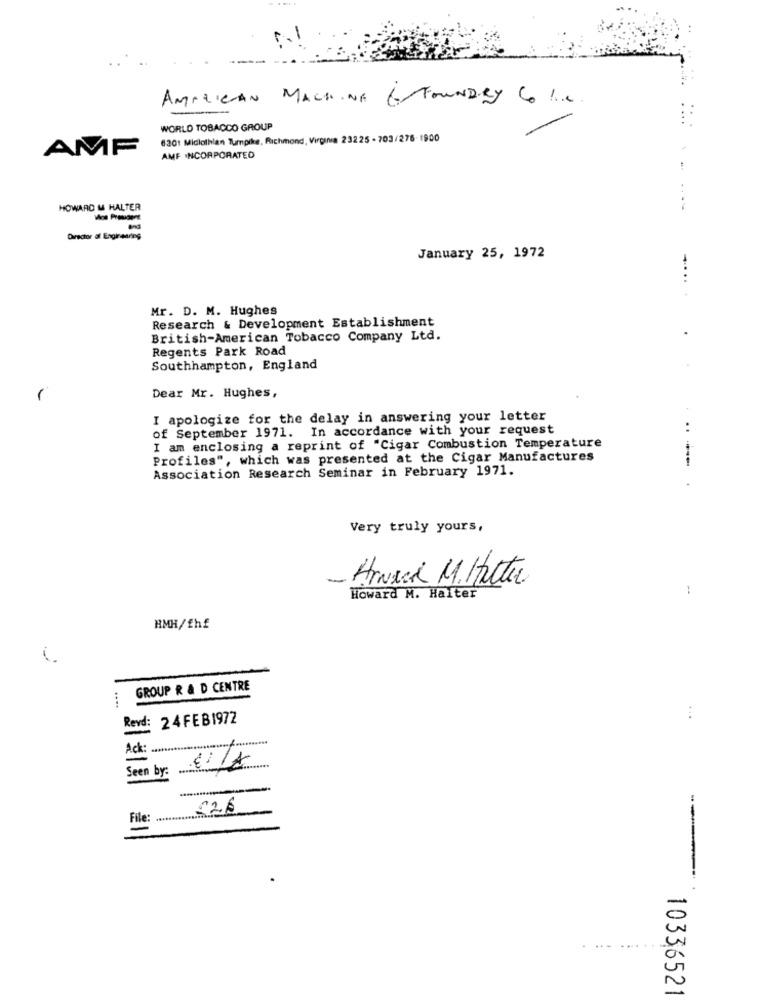
AMARICAN MACHINE 6 FOUNDRY Col ...
. ...
WORLD TOBACCO GROUP
6301 Midlothian Turnpike, Richmond, Virginia 23225 - 703/276-1900
AMF
AMF INCORPORATED
HOWARD & HALTER
Director al Engineering
January 25, 1972
.....
Mr. D. M. Hughes
Research & Development Establishment
British-American Tobacco Company Ltd.
Regents Park Road
Southhampton, England
-
Dear Mr. Hughes,
I apologize for the delay in answering your letter
of September 1971. In accordance with your request
I am enclosing a reprint of "Cigar Combustion Temperature
Profiles", which was presented at the Cigar Manufactures
Association Research Seminar in February 1971.
--
Very truly yours,
Arnica M.Hittar
Howard M. Halter
HMH/fhf
GROUP R & D CENTRE
....
Revd: 24 FEB1972
:
Ack:
=
Seen by:
€26
File:
...
1033652